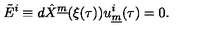
\tilde { E } ^ { i } \equiv d \hat { X } ^ { \underline { { m } } } ( \xi ( \tau ) ) u _ { \underline { { m } } } ^ { i } ( \tau ) = 0 . \qquad